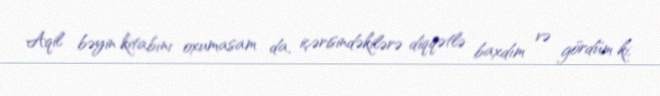
Aqil bəyin kitabını oxumasam da, içərisindəkilərə diqqətlə baxdım və gördüm ki,